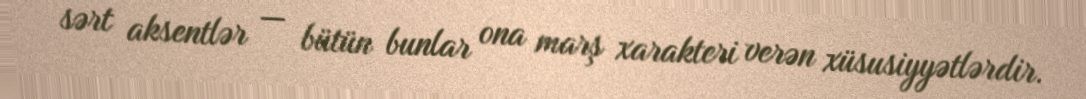
sərt aksentlər — bütün bunlar ona marş xarakteri verən xüsusiyyətlərdir.